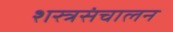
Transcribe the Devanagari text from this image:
शस्त्रसंचालन